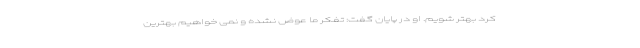
کرد بهتر شویم. او در پایان گفت: تفکر ما عوض نشده و نمی خواهیم بهترین